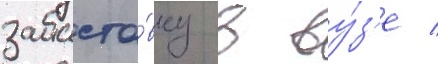
забасто́вку в ву́з'е /